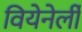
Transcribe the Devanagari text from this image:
वियेनेर्ली